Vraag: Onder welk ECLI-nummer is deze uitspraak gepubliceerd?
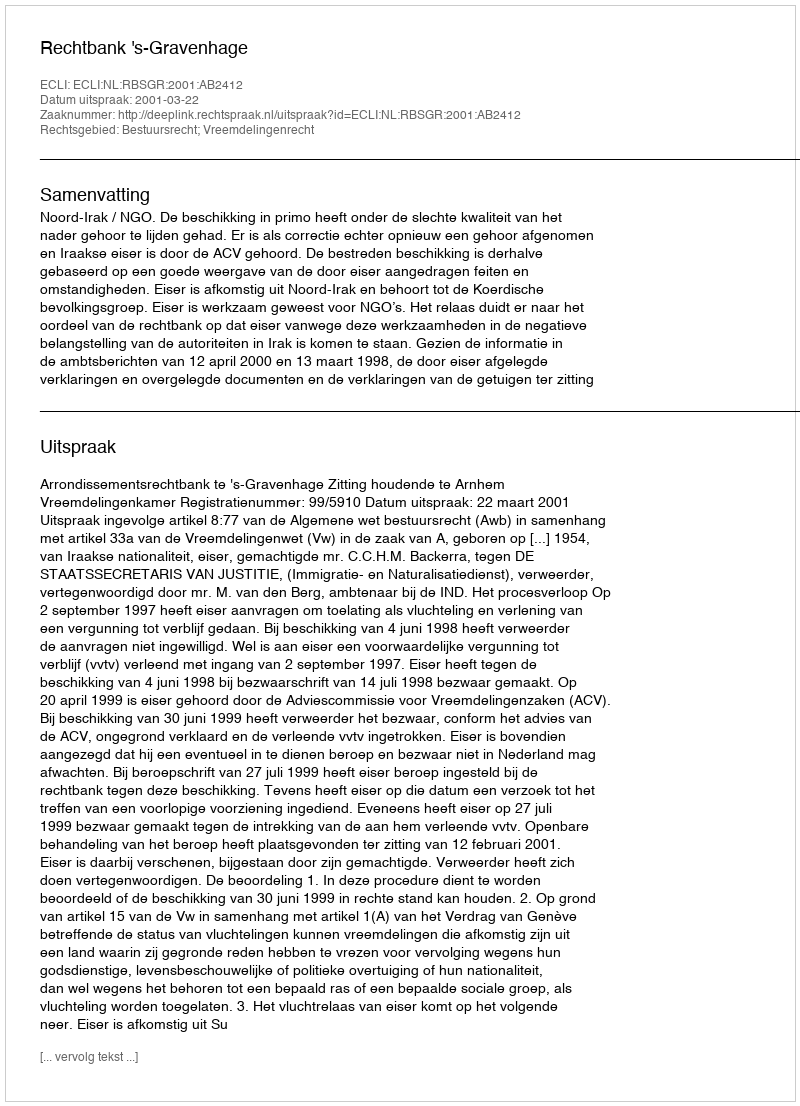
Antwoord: ECLI:NL:RBSGR:2001:AB2412